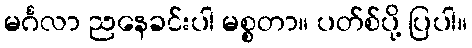
မင်္ဂလာ ညနေခင်းပါ မစ္စတာ။ ပတ်စ်ပို့ ပြပါ။